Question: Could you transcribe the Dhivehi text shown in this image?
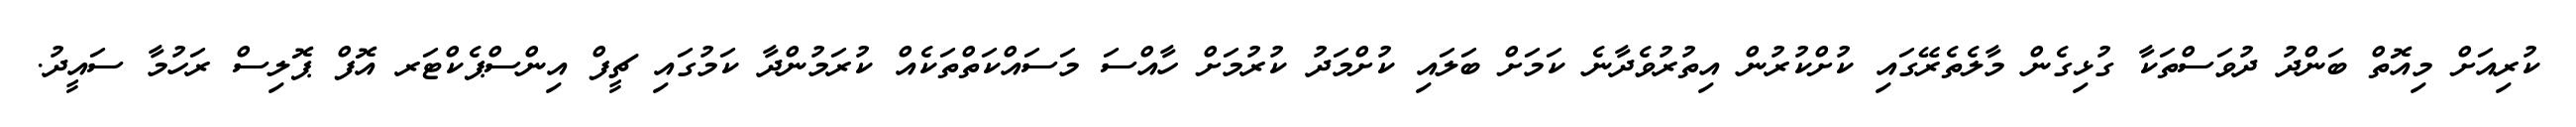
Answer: ކުރިއަށް މިއޮތް ބަންދު ދުވަސްތަކާ ގުޅިގެން މާލެތެރޭގައި ކުށްކުރުން އިތުރުވެދާނެ ކަމަށް ބަލައި ކުށްމަދު ކުރުމަށް ހާއްސަ މަސައްކަތްތަކެއް ކުރަމުންދާ ކަމުގައި ޗީފް އިންސްޕެކްޓަރ އޮފް ޕޮލިސް ރަހުމާ ސައީދު.